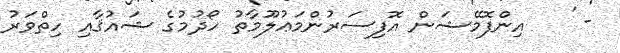
- '   އިންފޮމޭޝަން އޮފިސަރުންމަޢުލޫމާތު ހޯދުމުގެ ޝައުޤާއި ހިތްވަރު